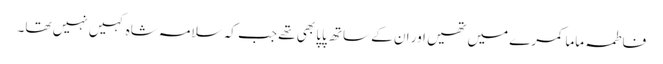
فاطمہ ماما کمرے میں تھیں اور ان کے ساتھ پاپا بھی تھے جب کہ سلامہ شاہ کہیں نہیں تھا۔